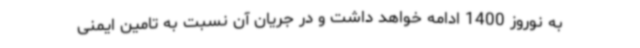
به نوروز 1400 ادامه خواهد داشت و در جریان آن نسبت به تامین ایمنی